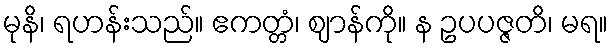
မုနိ၊ ရဟန်းသည်။ ဧကတ္တံ၊ ဈာန်ကို။ န ဥပပဇ္ဇတိ၊ မရ။